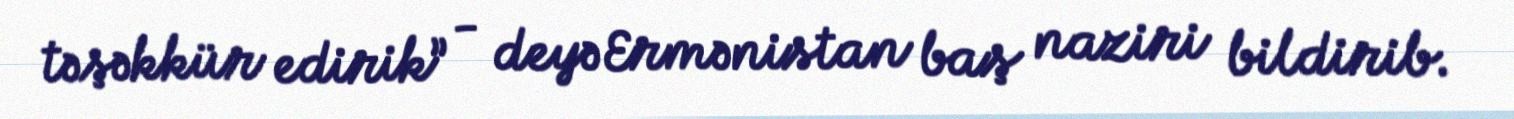
təşəkkür edirik” - deyə Ermənistan baş naziri bildirib.